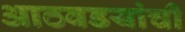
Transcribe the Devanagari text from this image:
आठवडयांची